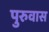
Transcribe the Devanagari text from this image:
पुरुवास